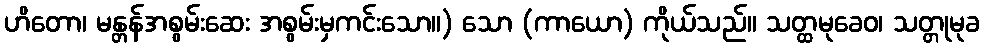
ဟိတော၊ မန္တန်အစွမ်းဆေး အစွမ်းမှကင်းသော။) သော (ကာယော) ကိုယ်သည်။ သတ္ထမုခေဝ၊ သတ္တုမုခ